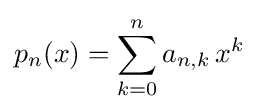
p_{n}(x)=\sum _{k=0}^{n}a_{n,k}\,x^{k}